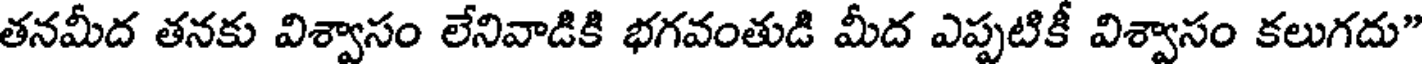
తనమీద తనకు విశ్వాసం లేనివాడికి భగవంతుడి మీద ఎప్పటికీ విశ్వాసం కలుగదు"